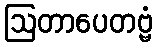
ဩတာပေတဗ္ဗံ